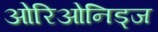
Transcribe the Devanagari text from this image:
ओरिओनिड्ज